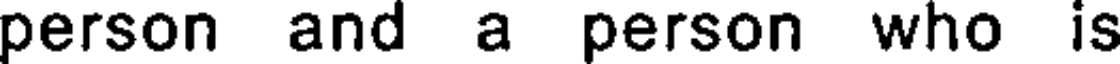
person and a person who is